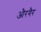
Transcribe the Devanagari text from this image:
औरगैर